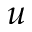
u